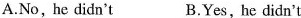
A.No, he didn't B.Yes, he didn't